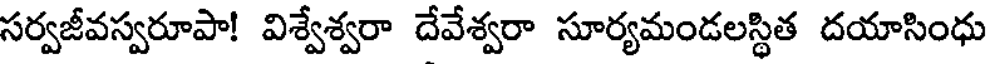
సర్వజీవస్వరూపా! విశ్వేశ్వరా దేవేశ్వరా సూర్యమండలస్థిత దయాసింధు